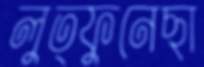
লুত্ফুনেছা